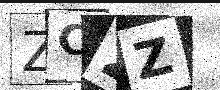
Text: ZC2Z